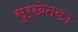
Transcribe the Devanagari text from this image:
सुर्खेतका